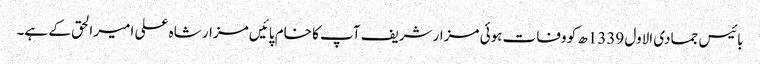
بائیس جمادی الاول 1339ھ کو وفات ہوئی مزار شریف آپ کا خام پائیں مزار شاہ علی امیر الحق کے ہے۔